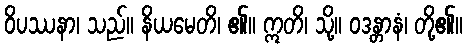
ဝိပဿနာ၊ သည်။ နိယမေတိ၊ ၏။ ဣတိ၊ သို့။ ဝဒန္တာနံ၊ တို့၏။